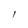
Character: I